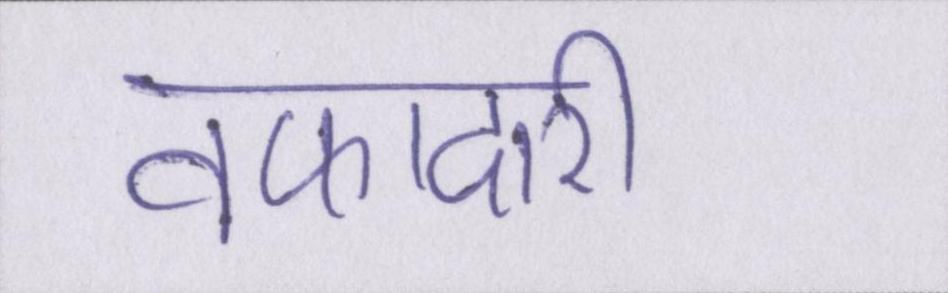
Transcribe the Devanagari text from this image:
वफादारी